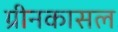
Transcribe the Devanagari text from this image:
ग्रीनकासल